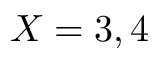
X = 3 , 4